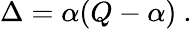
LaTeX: \Delta=\alpha(Q-\alpha)\ .